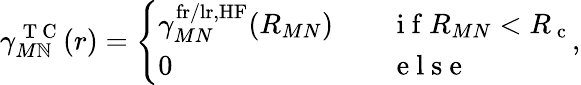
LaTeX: \gamma_{M\mathbb{N}}^{\mathrm{{~T~C~}}}(r)=\left\{ \begin{array}{ll}{\gamma_{MN}^{\mathrm{fr/lr,HF}}(R_{MN})}&{\quad\mathrm{~i~f~}R_{MN}<R_{\mathrm{~c~}}}\\ {0}&{\quad\mathrm{~e~l~s~e~}}\end{array}\right.,